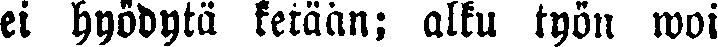
ei hyödytä ketään; alku työn woi